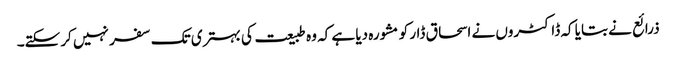
ذرائع نے بتایا کہ ڈاکٹروں نے اسحاق ڈار کو مشورہ دیا ہے کہ وہ طبیعت کی بہتری تک سفر نہیں کرسکتے۔